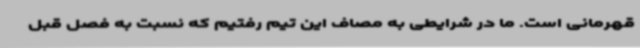
قهرمانی است. ما در شرایطی به مصاف این تیم رفتیم که نسبت به فصل قبل